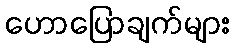
ဟောပြောချက်များ